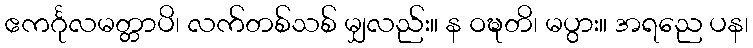
ဧကင်္ဂုလမတ္တာပိ၊ လက်တစ်သစ် မျှလည်း။ န ဝဍ္ဎတိ၊ မပွား။ အရညေ ပန၊